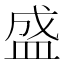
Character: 盛